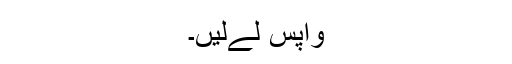
واپس لےلیں۔